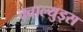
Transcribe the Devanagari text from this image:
क्वाल्युड्स